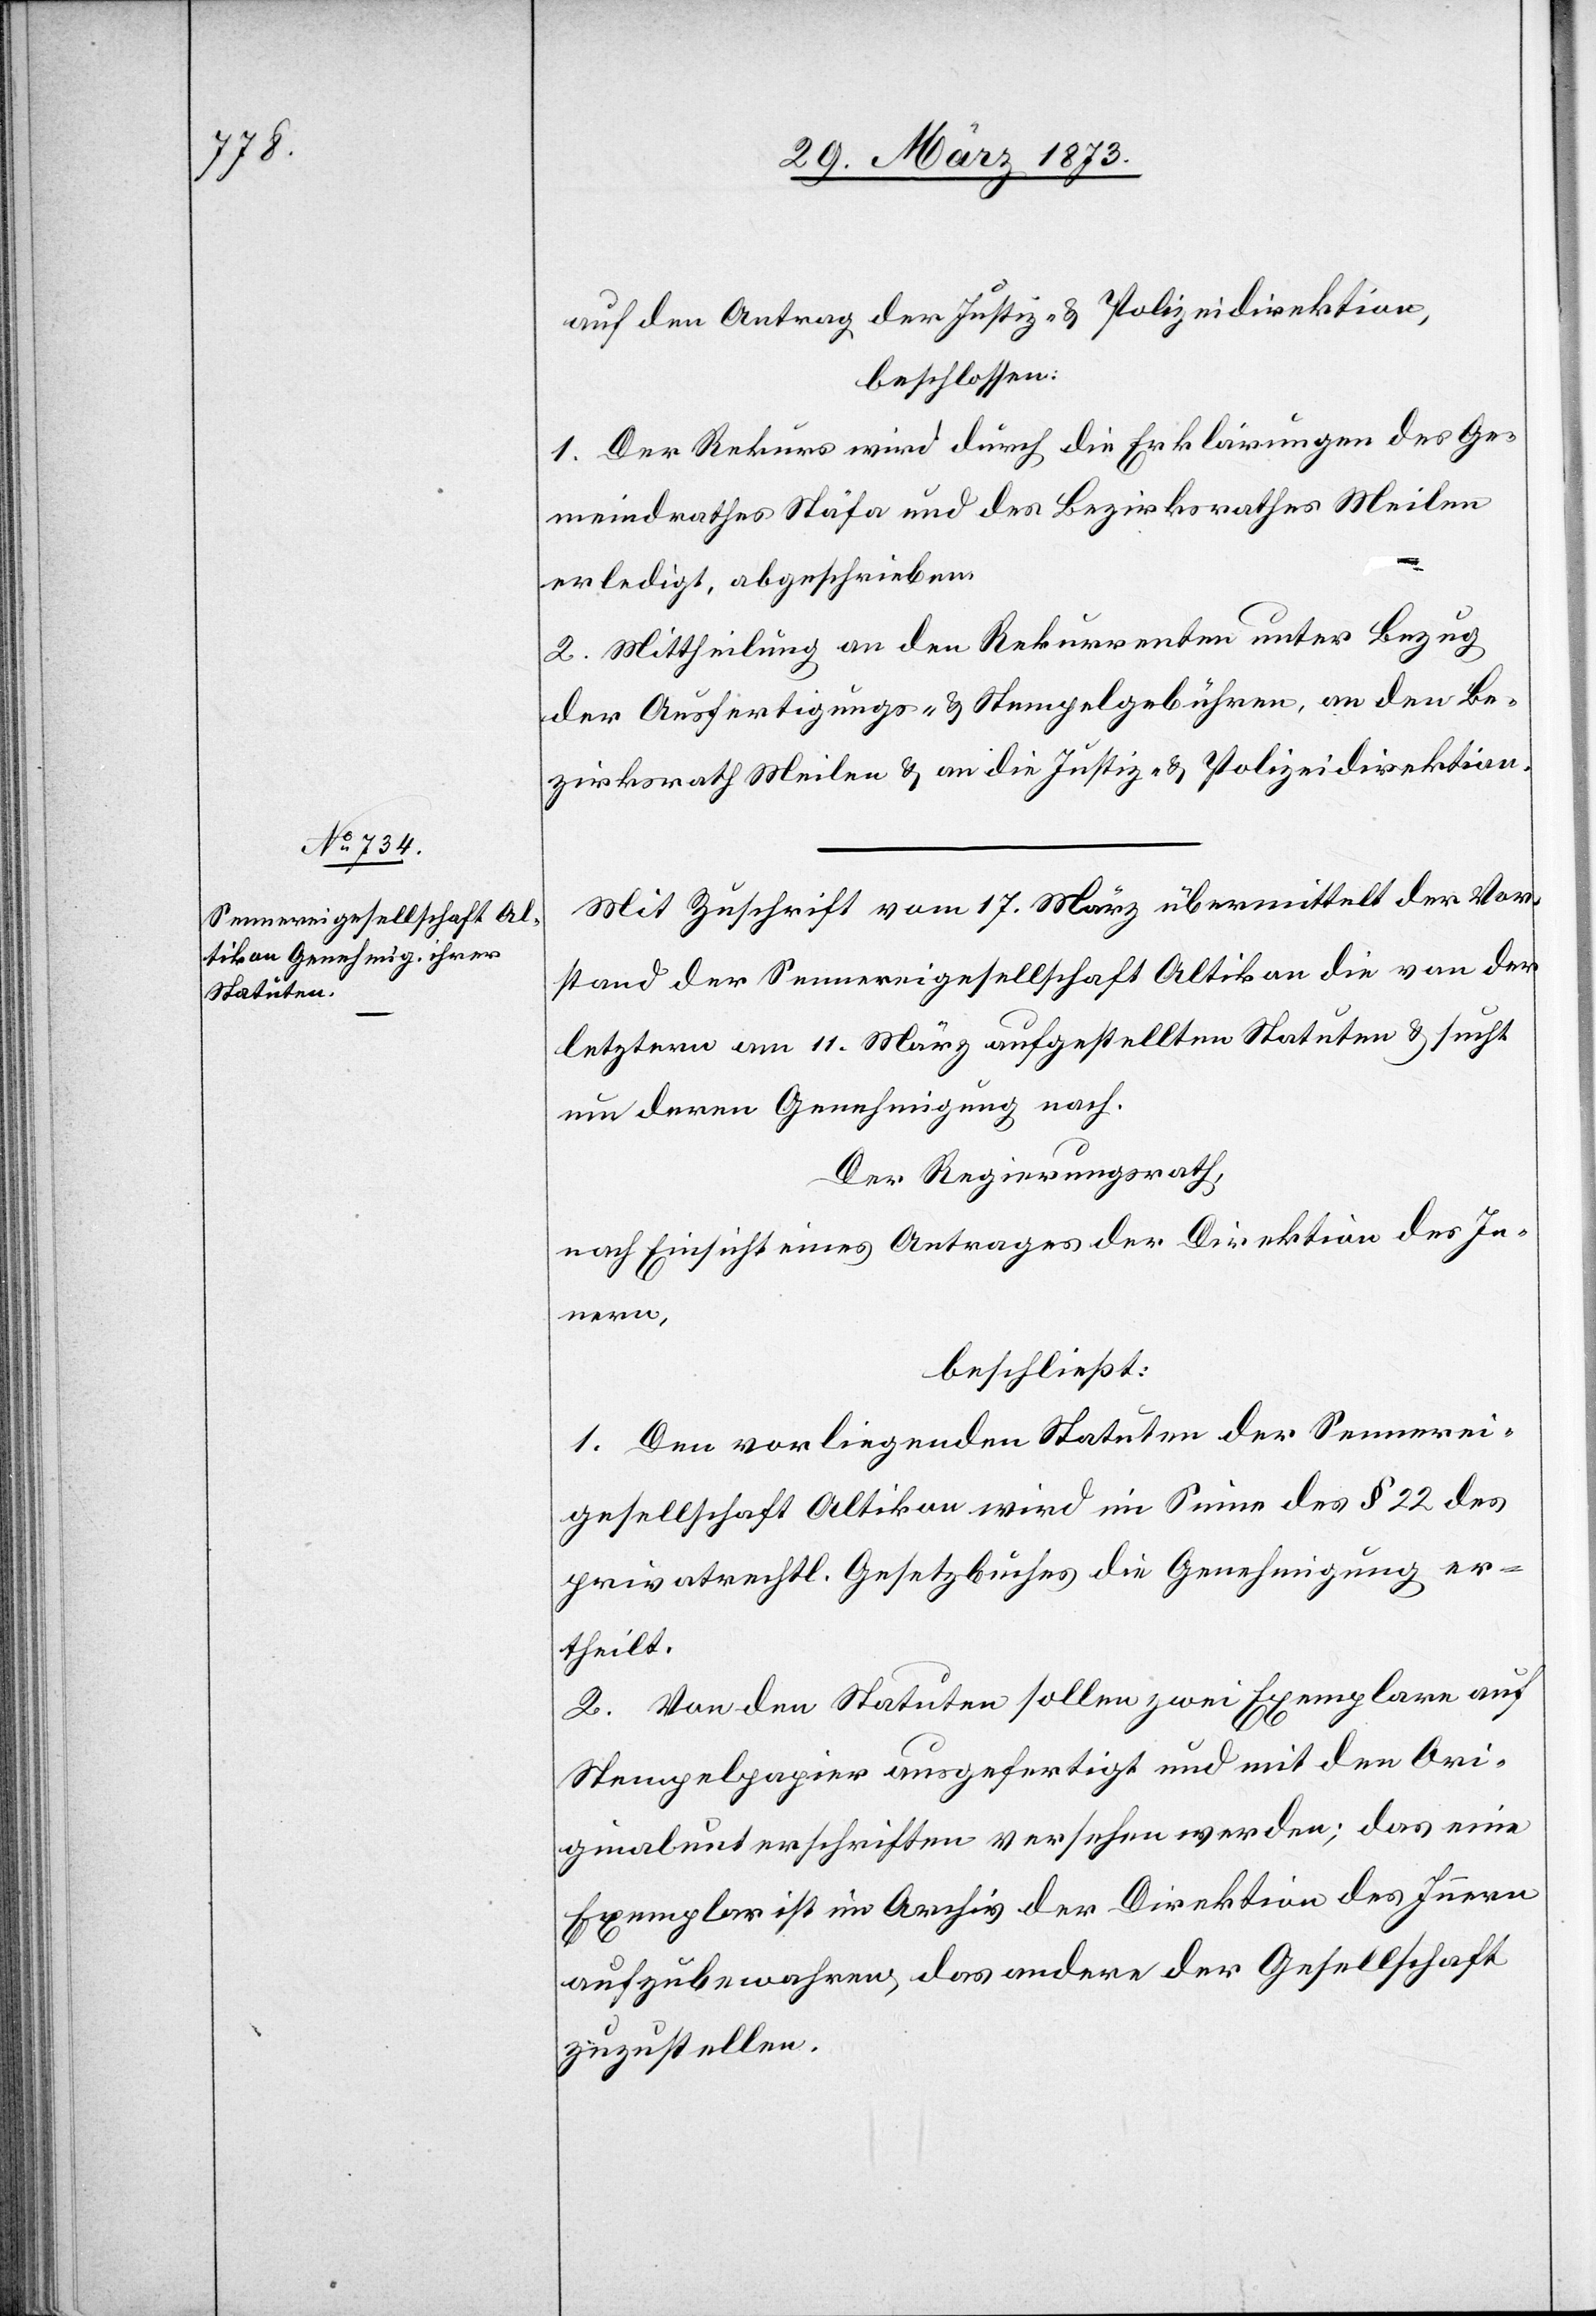
auf den Antrag der Justiz- u. Polizeidirektion,
beschlossen:
1. Der Rekurs wird durch die Erklärungen des Ge¬
meindrathes Stäfa und des Bezirksrathes Meilen
erledigt, abgeschrieben.
2. Mittheilung an den Rekurrenten unter Bezug
der Ausfertigungs- u. Stempelgebühren, an den Be¬
zirksrath Meilen u. an die Justiz- u. Polizeidirektion.
Mit Zuschrift vom 17. März übermittelt der Vor¬
stand der Sennereigesellschaft Altikon die von der
letztern am 11. März aufgestellten Statuten u. sucht
um deren Genehmigung nach.
Der Regierungsrath,
nach Einsicht eines Antrages der Direktion des In¬
nern,
beschließt:
1. Den vorliegenden Statuten der Sennerei¬
gesellschaft Altikon wird im Sinne des § 22 des
privatrechtl. Gesetzbuches die Genehmigung er¬
theilt.
2. Von den Statuten sollen zwei Exemplare auf
Stempelpapier ausgefertigt und mit den Ori¬
ginalunterschriften versehen werden; das eine
Exemplar ist im Archiv der Direktion des Innern
aufzubewahren, das andere der Gesellschaft
zuzustellen.